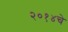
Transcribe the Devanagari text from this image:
२०१४चे